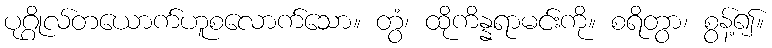
ပုဂ္ဂိုလ်တယောက်ဟူစလောက်သော။ တွံ၊ ထိုကိန္နရာမင်းကို။ စရိတွာ၊ စွန့်၍။